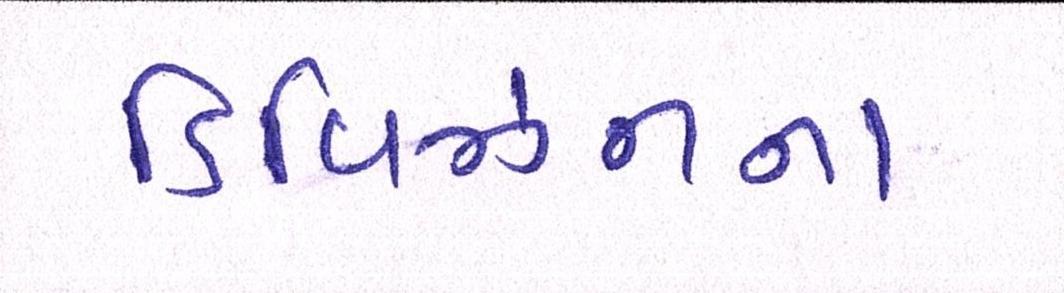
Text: ડિવિઝનના